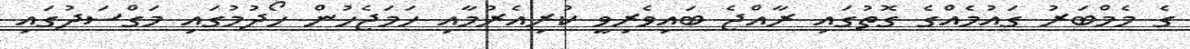
ގެ މެމްބަރު ގައުމެއްގެ ގޮތުގައި ރާއްޖެ ބައިވެރިވީ ކުރިއެރުމާއި ހަމަޖެހުން ހޯދުމުގައި މަގްސަދުގައި